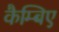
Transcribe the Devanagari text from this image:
कैम्बिए